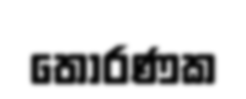
තොරණක